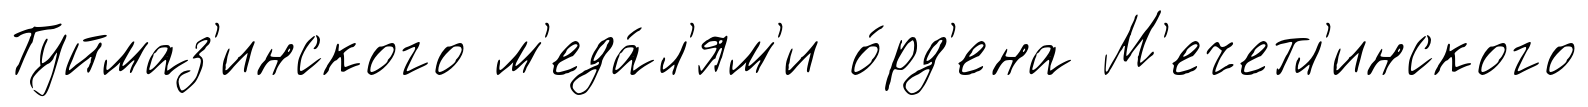
Туймаз'инского м'еда́л'ям'и о́рд'ена М'ечетл'инского